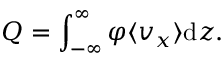
Q = \int _ { - \infty } ^ { \infty } \varphi \langle v _ { x } \rangle \mathrm { d } z .